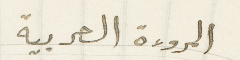
المروءة العربية